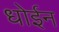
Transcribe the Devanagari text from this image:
धोईन